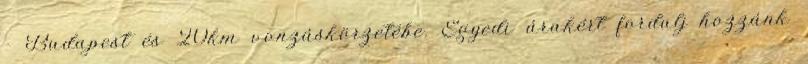
- Budapest és 20km vonzáskörzetébe. Egyedi árakért fordulj hozzánk